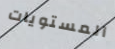
المستويات